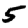
Digit: 5